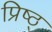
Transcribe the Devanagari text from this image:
प्रिष्ठ्